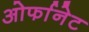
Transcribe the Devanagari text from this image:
ओर्फानेट